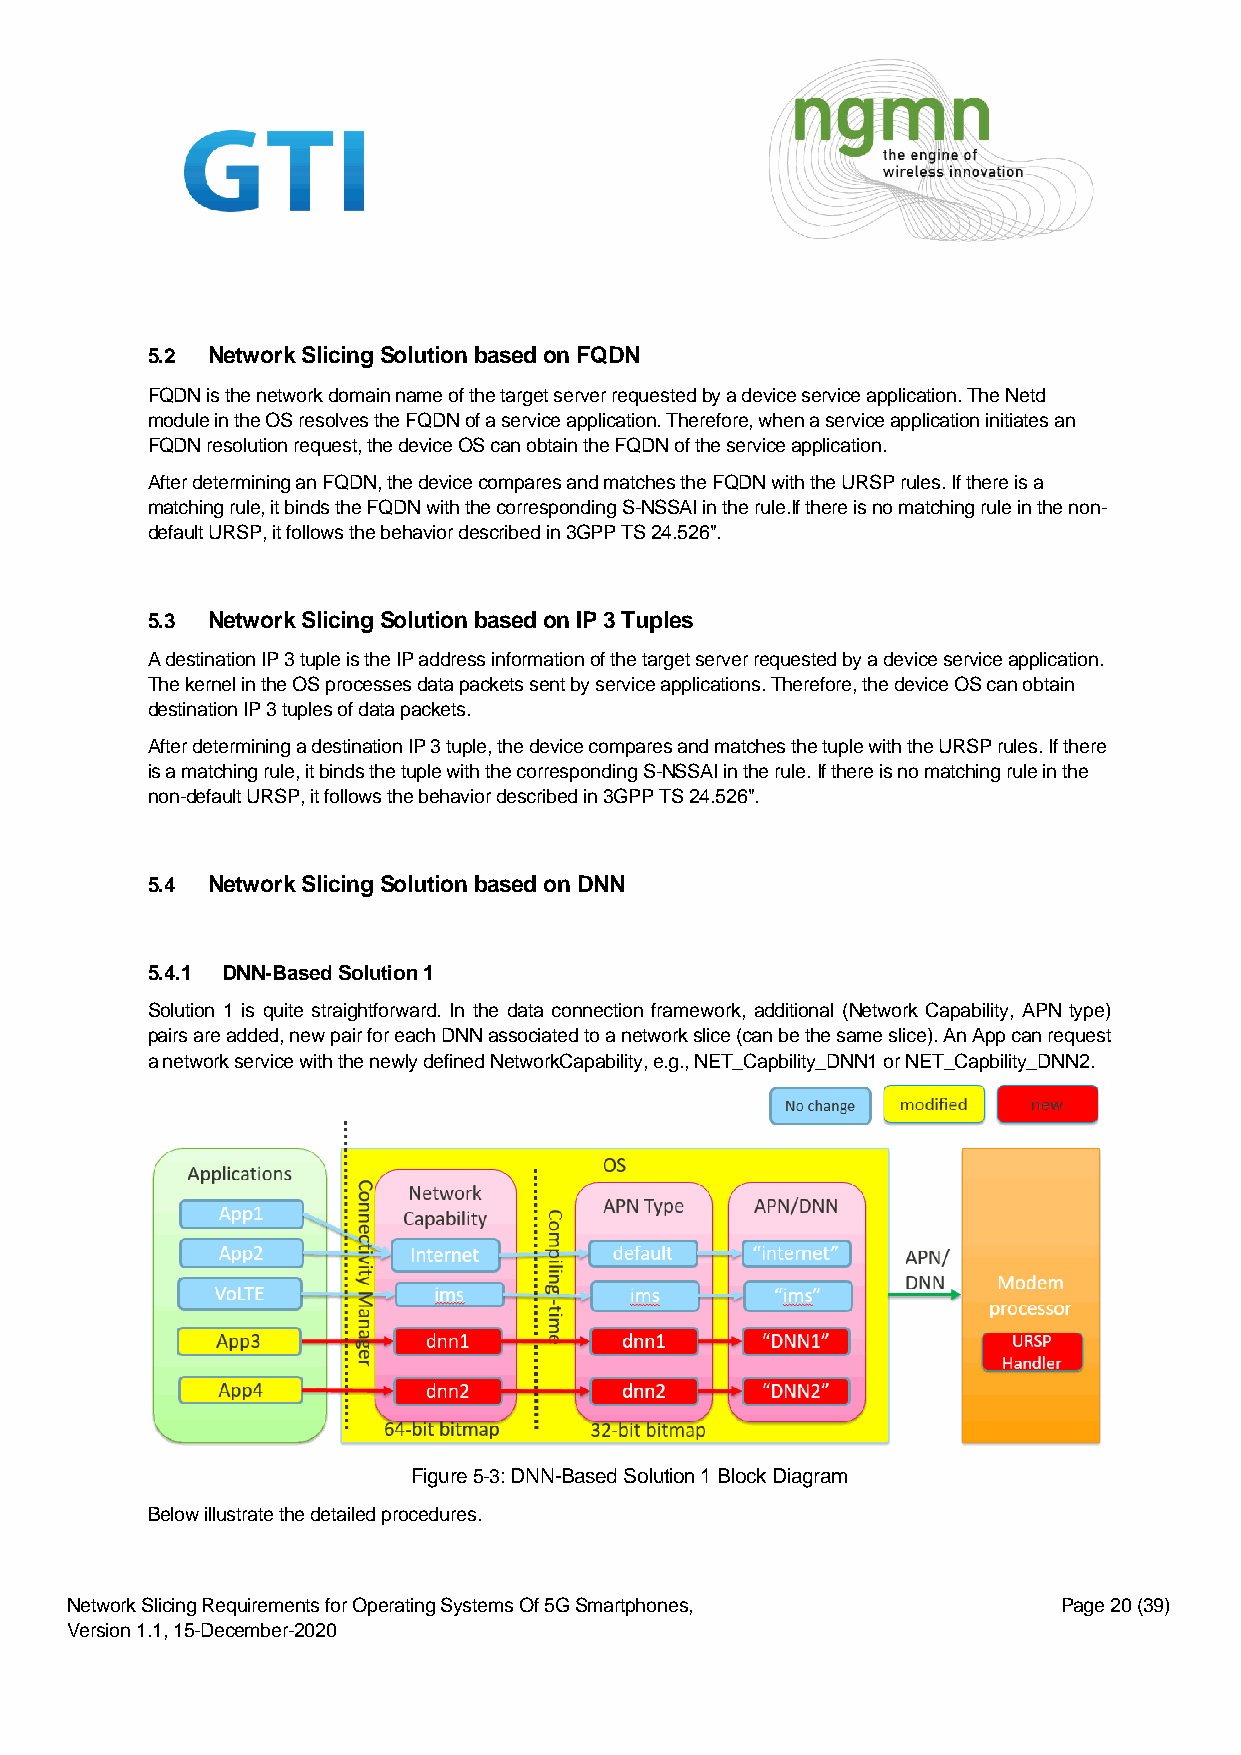
5.2 Network Slicing Solution based on FQDN
 FQDN is the network domain name of the target server requested by a device service application. The Netd
 module in the OS resolves the FQDN of a service application. Therefore, when a service application initiates an
 FQDN resolution request, the device OS can obtain the FQDN of the service application.
 After determining an FQDN, the device compares and matches the FQDN with the URSP rules. If there is a
 matching rule, it binds the FQDN with the corresponding S-NSSAI in the rule.If there is no matching rule in the non-
 default URSP, it follows the behavior described in 3GPP TS 24.526".
 5.3 Network Slicing Solution based on IP 3 Tuples
 A destination IP 3 tuple is the IP address information of the target server requested by a device service application.
 The kernel in the OS processes data packets sent by service applications. Therefore, the device OS can obtain
 destination IP 3 tuples of data packets.
 After determining a destination IP 3 tuple, the device compares and matches the tuple with the URSP rules. If there
 is a matching rule, it binds the tuple with the corresponding S-NSSAI in the rule. If there is no matching rule in the
 non-default URSP, it follows the behavior described in 3GPP TS 24.526".
 5.4 Network Slicing Solution based on DNN
 5.4.1 DNN-Based Solution 1
 Solution 1 is quite straightforward. In the data connection framework, additional (Network Capability, APN type)
 pairs are added, new pair for each DNN associated to a network slice (can be the same slice). An App can request
 a network service with the newly defined NetworkCapability, e.g., NET_Capbility_DNN1 or NET_Capbility_DNN2.
 Figure 5-3: DNN-Based Solution 1 Block Diagram
 Below illustrate the detailed procedures.
 Network Slicing Requirements for Operating Systems Of 5G Smartphones, Page 20 (39)
 Version 1.1, 15-December-2020